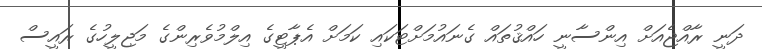
ދަނީ ރާއްޖެއަށް އިންސާނީ ހައްޤުތައް ގެނައުމަށްޓަކައި ކަމަށް އެޕާޓީގެ އިލްމުވެރިންގެ މަޖިލީހުގެ ރައީސް